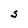
Character: S